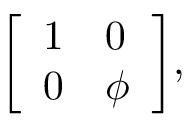
\textstyle { \left[ \begin{array} { l l } { 1 } & { 0 } \\ { 0 } & { \phi } \end{array} \right] } ,